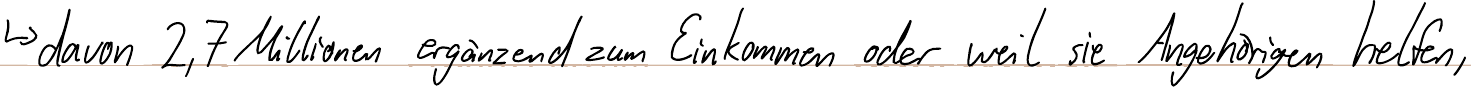
-> davon 2,7 Millionen ergänzend zum Einkommen oder weil sie Angehörigen helfen,